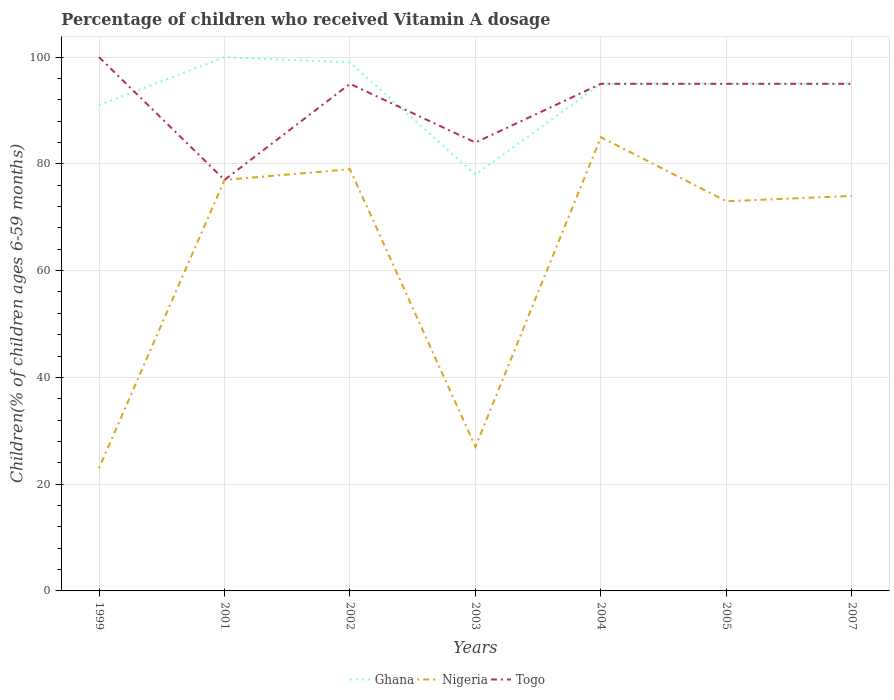
| Years | Ghana | Nigeria | Togo |
 | --- | --- | --- | --- |
 | 1999 | 91 | 23 | 100 |
 | 2001 | 100 | 77 | 77 |
 | 2002 | 99 | 79 | 95 |
 | 2003 | 78 | 27 | 84 |
 | 2004 | 95 | 85 | 95 |
 | 2005 | 95 | 73 | 95 |
 | 2007 | 95 | 74 | 95 |